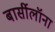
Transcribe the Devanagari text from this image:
बार्सीलॉना